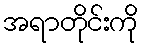
အရာတိုင်းကို